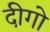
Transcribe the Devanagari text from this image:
दीगो